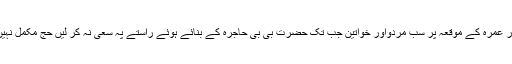
حج اور عمرہ کے موقعہ پر سب مردواور خواتین جب تک حضرت بی بی حاجرہ کے بنائے ہوئے راستے پہ سعی نہ کر لیں حج مکمل نہیں ہوتا۔